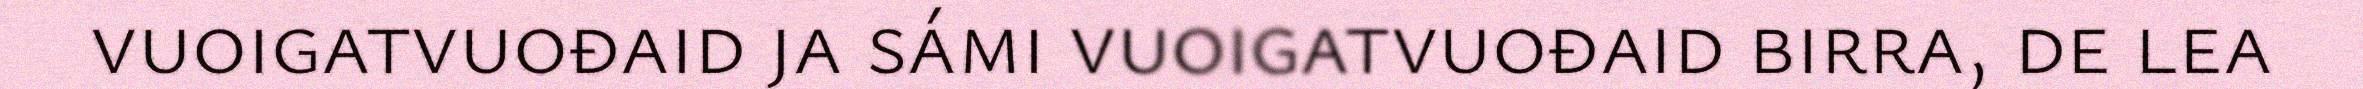
vuoigatvuođaid ja sámi vuoigatvuođaid birra, de lea